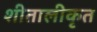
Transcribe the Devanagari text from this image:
शीतालीकृत